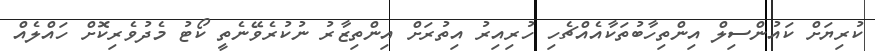
ކުރިޔަށް ކައުންސިލް އިންތިހާބުތަކާއެއްޗެހި ހުރިއިރު އިތުރަށް އިންތިޒާރު ނުކުރެވޭނެތީ ކޯޓު މެދުވެރިކޮށް ހައްލެއް